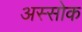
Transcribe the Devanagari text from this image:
अस्सोक